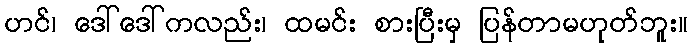
ဟင်၊ ဒေါ်ဒေါ်ကလည်း၊ ထမင်း စားပြီးမှ ပြန်တာမဟုတ်ဘူး။